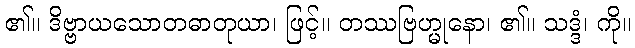
၏။ ဒိဗ္ဗာယသောတဓာတုယာ၊ ဖြင့်။ တဿဗြဟ္မုနော၊ ၏။ သဒ္ဒံ၊ ကို။